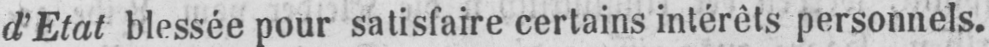
d’Etat blessée pour satisfaire certains intérêts personnels.